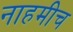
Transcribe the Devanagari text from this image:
नाहमीच